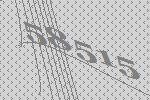
58515